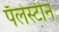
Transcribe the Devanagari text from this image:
पॅलेस्टीन